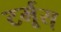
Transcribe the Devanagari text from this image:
टर्मूस्